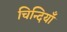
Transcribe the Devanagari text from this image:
चिन्दियाँ